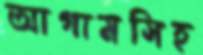
আগামসিহ